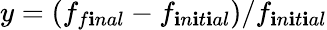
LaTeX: y=(f_{f\mathbf{i}nal}-f_{\mathbf{i}n\mathbf{i}t\mathbf{i}al})/f_{\mathbf{i}n\mathbf{i}t\mathbf{i}al}